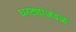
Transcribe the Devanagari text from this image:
घरट्यांजवळ